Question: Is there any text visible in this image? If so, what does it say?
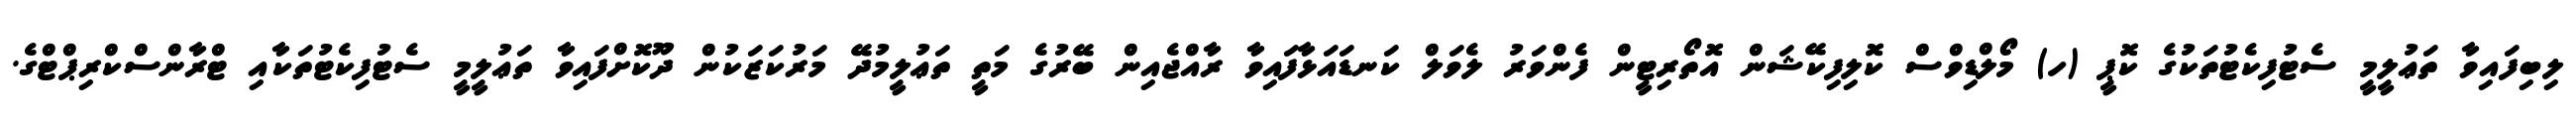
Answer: ލިބިފައިވާ ތަޢުލީމީ ސެޓުފިކެޓުތަކުގެ ކޮޕީ (ހ) މޯލްޑިވްސް ކޮލިފިކޭޝަން އޮތޯރިޓީން ފެންވަރު ލެވަލް ކަނޑައަޅާފައިވާ ރާއްޖެއިން ބޭރުގެ މަތީ ތަޢުލީމުދޭ މަރުކަޒަކުން ދޫކޮށްފައިވާ ތަޢުލީމީ ސެޓުފިކެޓުތަކާއި ޓްރާންސްކްރިޕްޓްގެ.